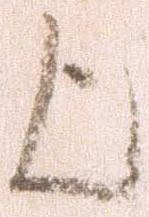
歟